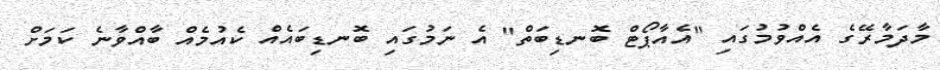
މާދަމާރޭގެ އެއްވުމުގައި "އެއާޕޯޓް ބޮނޑިބަތް" އެ ނަމުގައި ބޮނޑިބައެއް ކެއުމެއް ބާއްވާނެ ކަމަށް